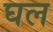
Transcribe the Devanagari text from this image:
घल